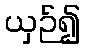
ယှဉ်၍